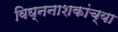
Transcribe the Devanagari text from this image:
विघ्ननाशकांच्या